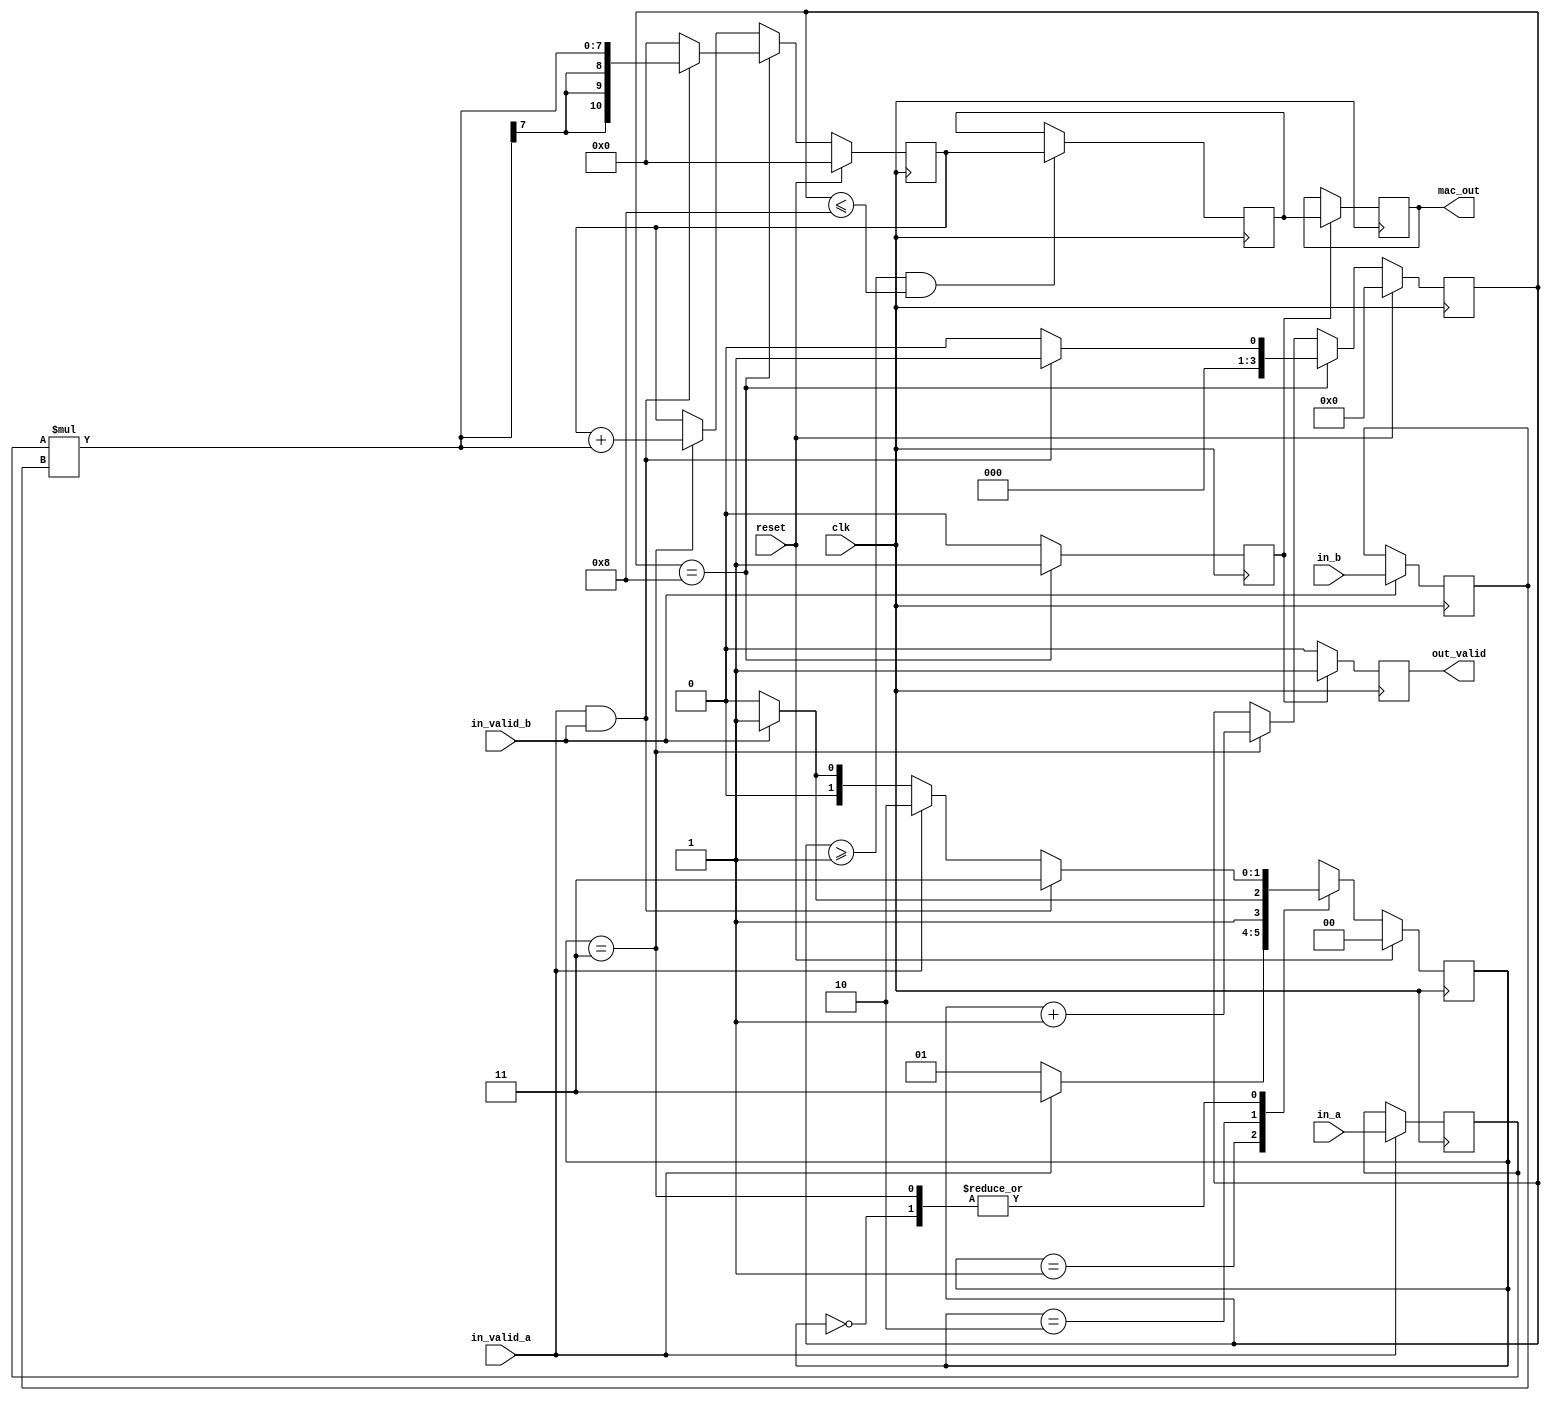
module mac(in_a, in_b, in_valid_a, in_valid_b, clk, 
			reset, mac_out, out_valid);

//input output declartion			
input signed [3:0] 	 in_a, in_b;
input 			     in_valid_a, in_valid_b;
input			     clk, reset;
output reg signed [10:0] mac_out;
output 		reg          out_valid;


//////////////////////////////////////////////////////////////////////////
parameter  IDLE  = 2'b00 ;
parameter WAIT_A = 2'b01 ;
parameter WAIT_B = 2'b10 ;
parameter  MAC   = 2'b11 ;

reg out_sig ;
reg [3:0] counter ;
reg [1:0] state_Next , state ;
reg signed [3:0] reg_a , reg_b ;
reg signed [10:0] reg_c , temp_out;

always@(negedge clk)
begin
	if(reset)
		counter <= 4'd0 ;
	else if(counter==4'd8)
		if(in_valid_a&in_valid_b)
		counter <= 4'd1 ;
		else
		counter <= 4'd0 ;
	else if(state==MAC)
		counter <= counter + 4'd1 ;
end

always@(posedge clk )
begin
	if(reset)
		state <= IDLE ;
	else
		state <= state_Next ;
end

always@(*)
begin
	case(state)
		IDLE : if(in_valid_a&in_valid_b) 
				 state_Next = MAC   ;
			   else if(in_valid_a) 
				state_Next = WAIT_B ; 
			   else if(in_valid_b) 
			    state_Next = WAIT_A ; 
			   else	        state_Next = IDLE   ;
		
		WAIT_A : if(in_valid_a) 
				  state_Next = MAC ; 
				 else state_Next = WAIT_A ;
				 
		WAIT_B : if(in_valid_b) 
		          state_Next = MAC ; 
				 else state_Next = WAIT_B ;
		
		MAC    : if(in_valid_a&in_valid_b) 
				 state_Next = MAC ; 
				 else if(in_valid_a)
					state_Next = WAIT_B ;
				 else if(in_valid_b)
					state_Next = WAIT_A ;
				 else state_Next = IDLE ;
		default : state_Next = IDLE ;
	endcase
end

always@(posedge clk)
begin
	if(in_valid_a)
		reg_a <= in_a ;
end

always@(posedge clk)
begin
	if(in_valid_b)
		reg_b <= in_b ;
end

always@(negedge clk)
begin
	if(reset)
		reg_c <= 11'd0 ;
	else if(counter==4'd8)
		if(in_valid_a&in_valid_b)
		reg_c <= reg_a*reg_b ;
		else
		reg_c <= 11'd0 ;
	else if(state==MAC)
		reg_c <= reg_c + (reg_a*reg_b) ;
	
end

always@(posedge clk)
begin
	if(counter>=4'd1&&counter<=4'd8)
		temp_out <= reg_c ;
end

always@(posedge clk)
begin
	if(counter==4'd8)
		out_sig <= 1 ;
	else
		out_sig <= 0 ;
end

always@(posedge clk)
begin
	if(out_sig)
		out_valid <= 1 ;
	else
		out_valid <= 0 ;
end

always@(posedge clk)
begin
	if(out_sig)
		mac_out <= temp_out ;
	
end

endmodule